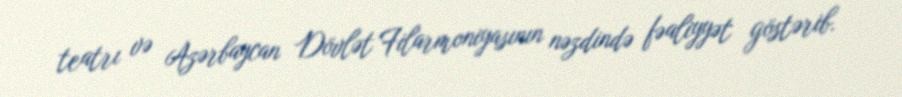
teatrı və Azərbaycan Dövlət Filarmoniyasının nəzdində fəaliyyət göstərib.